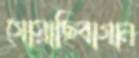
গোয়াছিবাগান